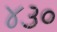
૪૩૦